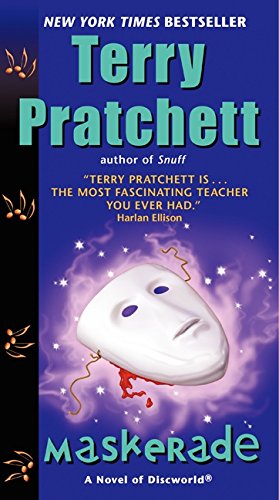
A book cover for Maskerade: A Novel of Discworld; Terry Pratchett; Science Fiction & Fantasy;